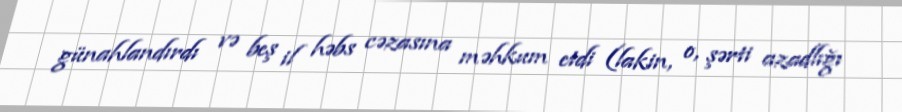
günahlandırdı və beş il həbs cəzasına məhkum etdi (lakin, o, şərti azadlığı